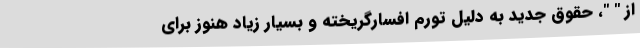
از " "، حقوق جدید به دلیل تورم افسارگریخته و بسیار زیاد هنوز برای